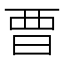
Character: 𣆛